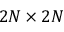
2 N \times 2 N